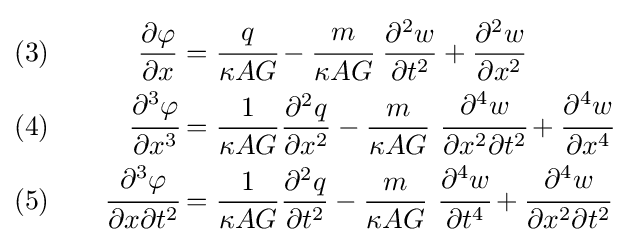
{\begin{aligned}(3)&&\quad {\frac {\partial \varphi }{\partial x}}&={\cfrac {q}{\kappa AG}}-{\cfrac {m}{\kappa AG}}~{\frac {\partial ^{2}w}{\partial t^{2}}}+{\frac {\partial ^{2}w}{\partial x^{2}}}\\(4)&&\quad {\cfrac {\partial ^{3}\varphi }{\partial x^{3}}}&={\frac {1}{\kappa AG}}{\frac {\partial ^{2}q}{\partial x^{2}}}-{\frac {m}{\kappa AG}}~{\cfrac {\partial ^{4}w}{\partial x^{2}\partial t^{2}}}+{\cfrac {\partial ^{4}w}{\partial x^{4}}}\\(5)&&\quad {\cfrac {\partial ^{3}\varphi }{\partial x\partial t^{2}}}&={\frac {1}{\kappa AG}}{\frac {\partial ^{2}q}{\partial t^{2}}}-{\frac {m}{\kappa AG}}~{\cfrac {\partial ^{4}w}{\partial t^{4}}}+{\cfrac {\partial ^{4}w}{\partial x^{2}\partial t^{2}}}\end{aligned}}